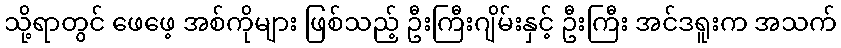
သို့ရာတွင် ဖေဖေ့ အစ်ကိုများ ဖြစ်သည့် ဦးကြီးဂျိမ်းနှင့် ဦးကြီး အင်ဒရူးက အသက်